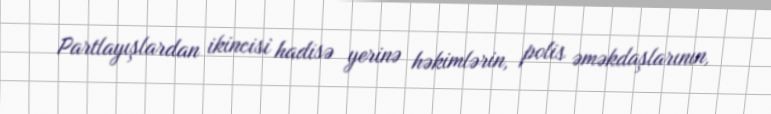
Partlayışlardan ikincisi hadisə yerinə həkimlərin, polis əməkdaşlarının,